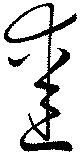
愛